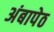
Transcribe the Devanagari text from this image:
अंबापेठ